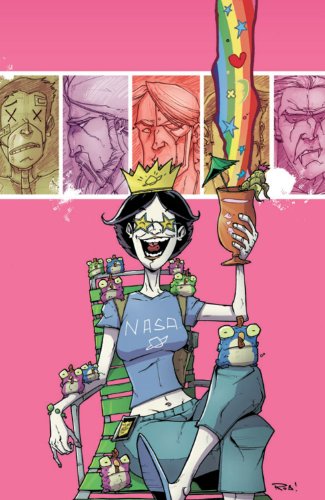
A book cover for Chew, Vol. 6: Space Cakes; John Layman; Comics & Graphic Novels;